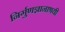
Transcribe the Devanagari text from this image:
निर्गुणज्ञानाश्रयी